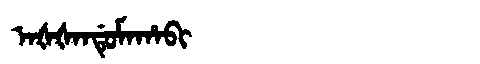
Manchu: ᠠᡧᡧᠠᠨᡩᡠᠮᠠᡥᠠᠪᡳ
Romanization: AŠŠANDUMAHABI